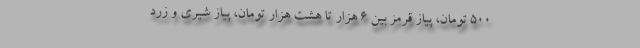
۵۰۰ تومان، پیاز قرمز بین ۶ هزار تا هشت هزار تومان، پیاز شیری و زرد